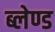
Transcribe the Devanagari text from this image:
ब्लेण्ड